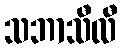
သဘာသီလီ